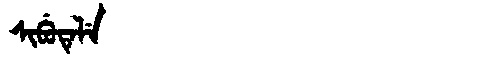
Manchu: ᠰᡳᠪᡠᡨᡝᠯᡝ
Romanization: SIBUTELE